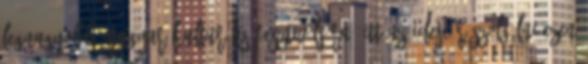
legnagyobb magyar kulturális fesztiváljára. Itt az ideje rászolgálni ezen